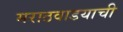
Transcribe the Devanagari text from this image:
मराठवाडयाची